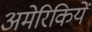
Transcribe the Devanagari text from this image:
अमेरिकियें